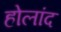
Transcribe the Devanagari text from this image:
होलांद